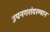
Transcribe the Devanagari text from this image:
उपनगरांदरम्यान